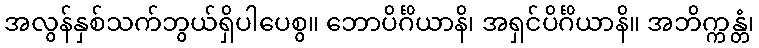
အလွန်နှစ်သက်ဘွယ်ရှိပါပေစွ။ ဘောပိင်္ဂိယာနိ၊ အရှင်ပိင်္ဂိယာနိ။ အဘိက္ကန္တံ၊